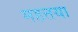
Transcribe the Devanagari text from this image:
महत्तया